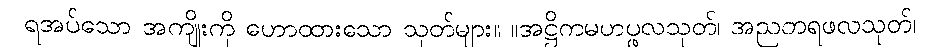
ရအပ်သော အကျိုးကို ဟောထားသော သုတ်များ။ ။အဋ္ဌိကမဟပ္ဖလသုတ်၊ အညတရဖလသုတ်၊